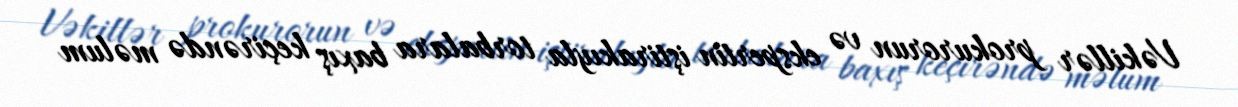
Vəkillər prokurorun və ekspertin iştirakıyla torbalara baxış keçirəndə məlum